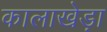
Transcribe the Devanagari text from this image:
कालाखेड़ा